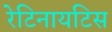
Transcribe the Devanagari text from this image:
रेटिनायटिस